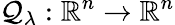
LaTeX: \mathcal{Q}_{\lambda}:\mathbb{R}^{n}\rightarrow\mathbb{R}^{n}